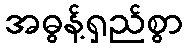
အဓွန့်ရှည်စွာ